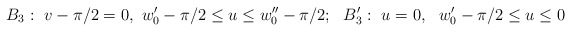
\begin{align*}B_{3}: ~v-\pi/2 =0, ~w'_{0}-\pi /2 \leq u\leq w''_{0}-\pi /2;~~ B_{3}': ~u=0,~ ~w'_{0}-\pi /2 \leq u\leq 0\end{align*}